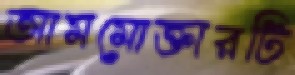
আমমোক্তারটি